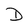
Character: D